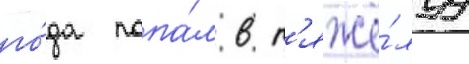
го́да попа́л в т'яжё́луу